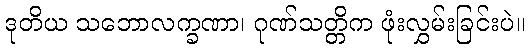
ဒုတိယ သဘောလက္ခဏာ၊ ဂုဏ်သတ္တိက ဖုံးလွှမ်းခြင်းပဲ။